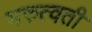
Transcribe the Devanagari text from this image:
मरुत्वती